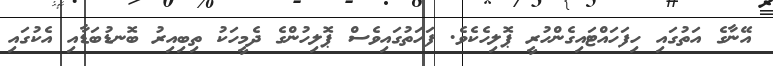
އޭނާގެ އަތުގައި ހިފަހައްޓައިގެންހުރީ ޕޮލިހެކެވެ. ފަހަތުގައިވެސް ޕޮލިހުންގެ ދެމީހަކު ތިބިއިރު ބޮނޑުބަޑާއި އެކުގައި